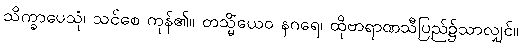
သိက္ခာပေသုံ၊ သင်စေ ကုန်၏။ တသ္မိံယေဝ နဂရေ၊ ထိုဗာရာဏသီပြည်၌သာလျှင်။